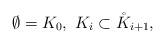
LaTeX: \begin{align*} \emptyset=K_0,\ K_i\subset\mathring{K}_{i+1},\end{align*}